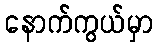
နောက်ကွယ်မှာ